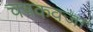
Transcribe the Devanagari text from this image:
चषकवजा